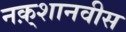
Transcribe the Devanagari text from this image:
नक़्शानवीस